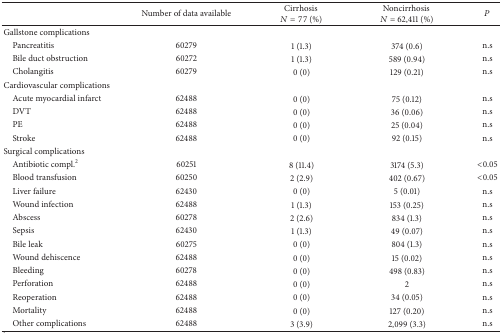
|  | Number of data available | CirrhosisN = 77 (%) | Noncirrhosis N = 62,411 (%) | P |
 | --- | --- | --- | --- | --- |
 | Gallstone complications |  |  |  |  |
 | Pancreatitis | 60279 | 1 (1.3) | 374 (0.6) | n.s |
 | Bile duct obstruction | 60272 | 1 (1.3) | 589 (0.94) | n.s |
 | Cholangitis | 60279 | 0 (0) | 129 (0.21) | n.s |
 | Cardiovascular complications |  |  |  |  |
 | Acute myocardial infarct | 62488 | 0 (0) | 75 (0.12) | n.s |
 | DVT | 62488 | 0 (0) | 36 (0.06) | n.s |
 | PE | 62488 | 0 (0) | 25 (0.04) | n.s |
 | Stroke | 62488 | 0 (0) | 92 (0.15) | n.s |
 | Surgical complications |  |  |  |  |
 | Antibiotic compl.2 | 60251 | 8 (11.4) | 3174 (5.3) | <0.05 |
 | Blood transfusion | 60250 | 2 (2.9) | 402 (0.67) | <0.05 |
 | Liver failure | 62430 | 0 (0) | 5 (0.01) | n.s |
 | Wound infection | 62488 | 1 (1.3) | 153 (0.25) | n.s |
 | Abscess | 60278 | 2 (2.6) | 834 (1.3) | n.s |
 | Sepsis | 62430 | 1 (1.3) | 49 (0.07) | n.s |
 | Bile leak | 60275 | 0 (0) | 804 (1.3) | n.s |
 | Wound dehiscence | 62488 | 0 (0) | 15 (0.02) | n.s |
 | Bleeding | 60278 | 0 (0) | 498 (0.83) | n.s |
 | Perforation | 62488 | 0 (0) | 2 | n.s |
 | Reoperation | 62488 | 0 (0) | 34 (0.05) | n.s |
 | Mortality | 62488 | 0 (0) | 127 (0.20) | n.s |
 | Other complications | 62488 | 3 (3.9) | 2,099 (3.3) | n.s |